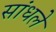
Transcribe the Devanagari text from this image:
सांधले